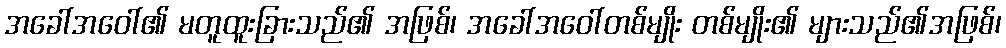
အခေါ်အဝေါ်၏ မတူထူးခြားသည်၏ အဖြစ်၊ အခေါ်အဝေါ်တစ်မျိုး တစ်မျိုး၏ များသည်၏အဖြစ်၊